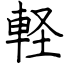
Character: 軽